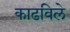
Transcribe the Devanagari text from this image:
काढविले